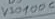
Text: V10100c